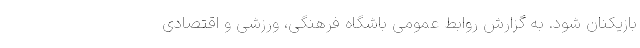
بازیکنان شود. به گزارش روابط عمومی باشگاه فرهنگی، ورزشی و اقتصادی